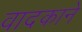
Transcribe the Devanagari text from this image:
वादकाने